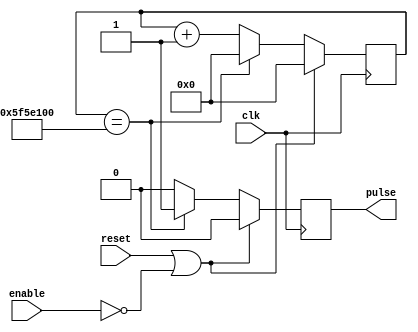
`timescale 1ns / 1ps
//////////////////////////////////////////////////////////////////////////////////
// Company: 
// Engineer: 
// 
// Design Name: 
// Module Name:    pulseGenerator 
// Project Name: 
// Target Devices: 
// Tool versions: 
// Description: 
//
// Dependencies: 
//
// Revision: 
// Revision 0.01 - File Created
// Additional Comments: 
//
//////////////////////////////////////////////////////////////////////////////////
module PulseGenerator(
	input enable,
	input reset,
	input clk,
	output reg pulse
    );
	 
	// default to 1 second pulse. Overwrite both params for slower/faster pulse
	parameter BIT_WIDTH = 27;
	parameter COUNT_MAX = 100_000_000;
	
	initial pulse = 1'b0;
	
	reg [BIT_WIDTH-1:0] count = {BIT_WIDTH{1'b0}};
	
	always@(posedge clk) begin
	
		if (reset || !enable) begin
		
			count <= {BIT_WIDTH{1'b0}};
			pulse <= 1'b0;
			
		end
		
		else begin
			
			count <= count + 1'b1;
			
			if (count == COUNT_MAX) begin
			
				count <= {BIT_WIDTH{1'b0}};
				pulse <= 1'b1;
				
			end
			
			else
			
				pulse <= 1'b0;
			
		end
		
	end

endmodule